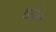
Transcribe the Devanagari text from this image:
लंदेस